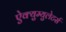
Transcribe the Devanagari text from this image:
ऐक्युम्युलेटर्स